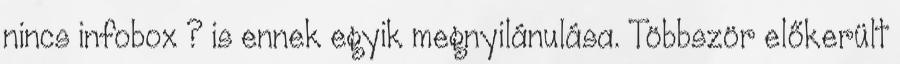
nincs infobox ? is ennek egyik megnyilánulása. Többször előkerült